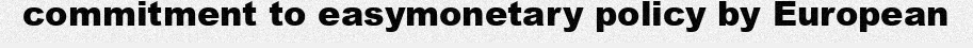
commitment to easymonetary policy by European